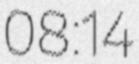
08:14